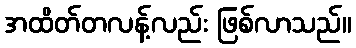
အထိတ်တလန့်လည်း ဖြစ်လာသည်။